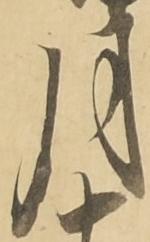
月